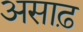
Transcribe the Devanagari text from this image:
असाढ़